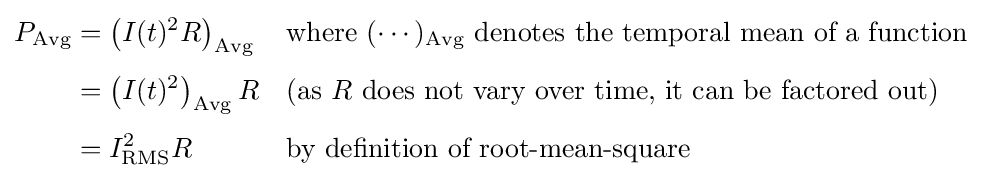
{\begin{aligned}P_{\text{Avg}}&=\left(I(t)^{2}R\right)_{\text{Avg}}&&{\text{where }}(\cdots )_{\text{Avg}}{\text{ denotes the temporal mean of a function}}\\[3pt]&=\left(I(t)^{2}\right)_{\text{Avg}}R&&{\text{(as }}R{\text{ does not vary over time, it can be factored out)}}\\[3pt]&=I_{\text{RMS}}^{2}R&&{\text{by definition of root-mean-square}}\end{aligned}}